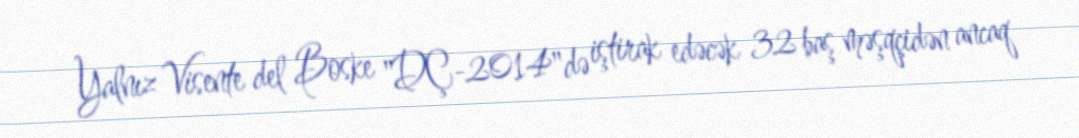
Yalnız Visente del Boske "DÇ-2014"də iştirak edəcək 32 baş məşqçidən ancaq